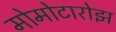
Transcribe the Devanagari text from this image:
मोमोटारोझ